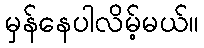
မှန်နေပါလိမ့်မယ်။